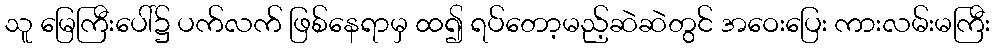
သူ မြေကြီးပေါ်၌ ပက်လက် ဖြစ်နေရာမှ ထ၍ ရပ်တော့မည့်ဆဲဆဲတွင် အဝေးပြေး ကားလမ်းမကြီး